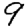
Digit: 9